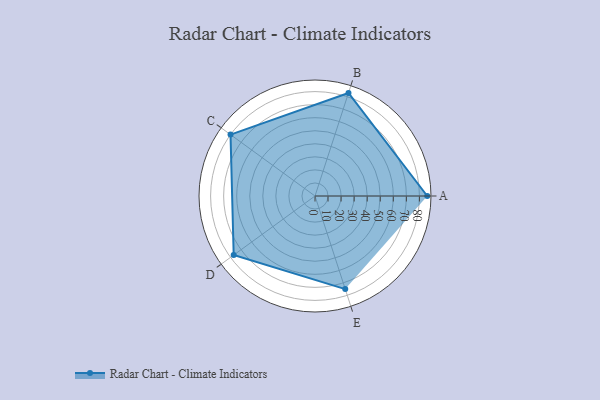
{"axis": {"x": "Skill", "y": "Score"}, "legend": ["Profile"], "data": [{"x": "A", "y": 86.0, "type": "Profile"}, {"x": "B", "y": 83.0, "type": "Profile"}, {"x": "C", "y": 80.0, "type": "Profile"}, {"x": "D", "y": 77.0, "type": "Profile"}, {"x": "E", "y": 75.0, "type": "Profile"}]}